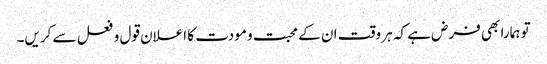
تو ہمارا بھی فرض ہے کہ ہر وقت ان کے محبت و مودت کا اعلان قول و فعل سے کریں۔